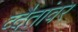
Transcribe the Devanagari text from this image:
व्दैतांवर